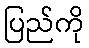
ပြည်ကို